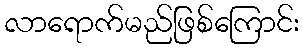
လာရောက်မည်ဖြစ်ကြောင်း